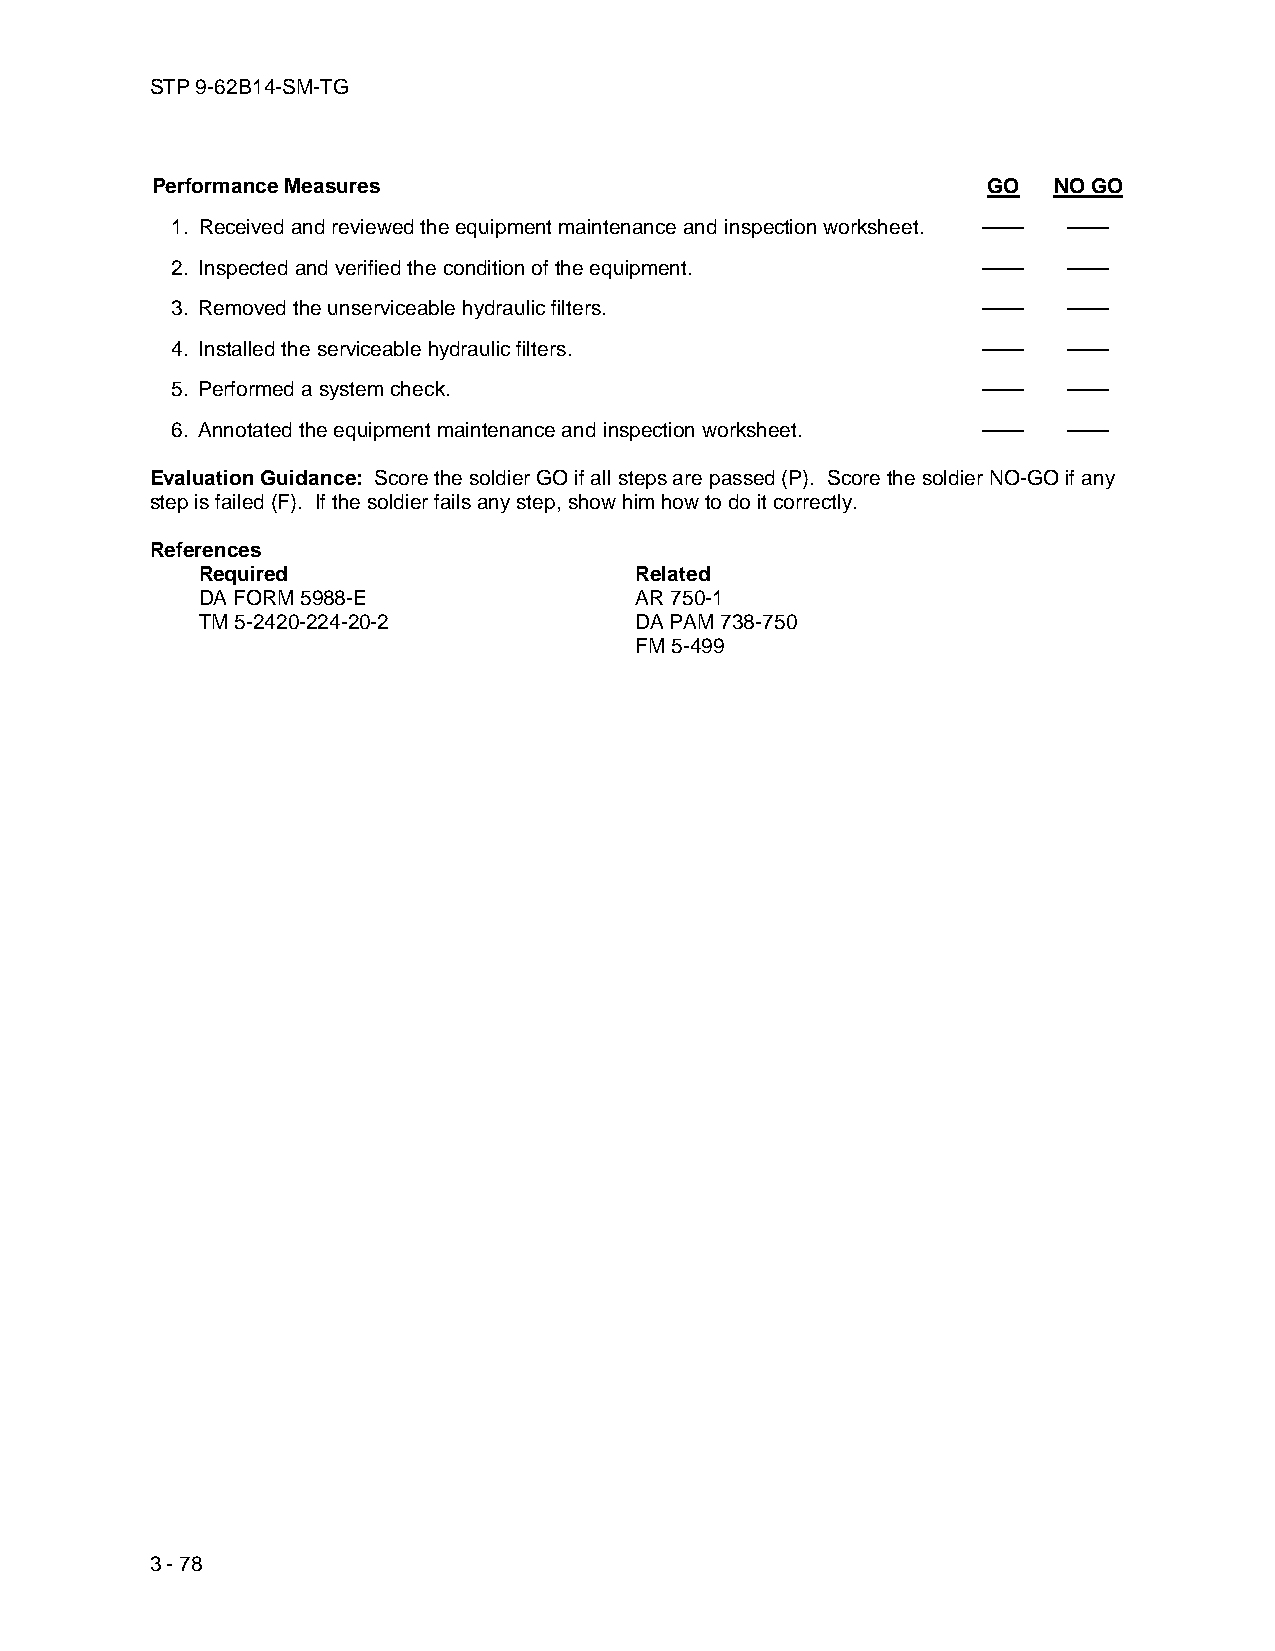
STP 9-62B14-SM-TG
 Performance Measures                                   GO   NO GO
 1. Received and reviewed the equipment maintenance and inspection worksheet. —— ——
 2. Inspected and verified the condition of the equipment. —— ——
 3. Removed the unserviceable hydraulic filters.       ——    ——
 4. Installed the serviceable hydraulic filters.       ——    ——
 5. Performed a system check.                          ——    ——
 6. Annotated the equipment maintenance and inspection worksheet. —— ——
 Evaluation Guidance: Score the soldier GO if all steps are passed (P). Score the soldier NO-GO if any
 step is failed (F). If the soldier fails any step, show him how to do it correctly.
 References
 Required                     Related
 DA FORM 5988-E               AR 750-1
 TM 5-2420-224-20-2           DA PAM 738-750
 FM 5-499
 3 - 78